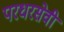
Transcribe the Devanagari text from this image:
परधरसेवी